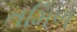
તમિળ